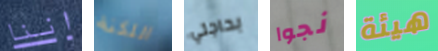
اننا اللكنة بحاجتي نجوا هيئة